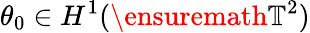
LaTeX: \theta_{0}\in H^{1}(\ensuremath{\mathbb{T}}^{2})